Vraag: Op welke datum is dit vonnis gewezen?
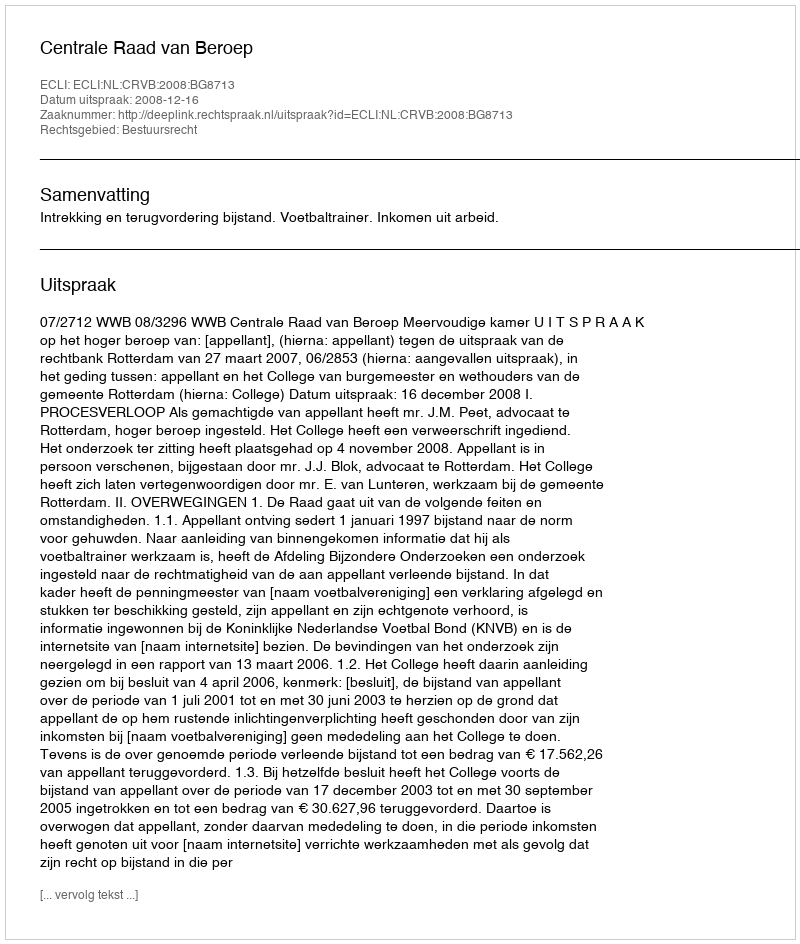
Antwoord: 2008-12-16